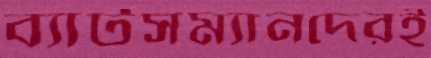
ব্যাটসম্যানদেরই